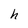
Character: h